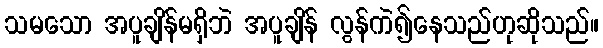
သမသော အပူချိန်မရှိဘဲ အပူချိန် လွန်ကဲ၍နေသည်ဟုဆိုသည်။